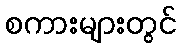
စကားများတွင်